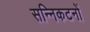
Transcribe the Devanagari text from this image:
सन्निकटनों